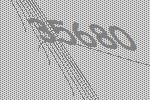
35680